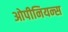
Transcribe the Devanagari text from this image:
ओपीनियन्स